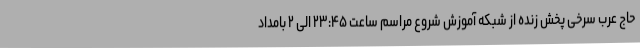
حاج عرب سرخی پخش زنده از شبکه آموزش شروع مراسم ساعت ۲۳:۴۵ الی ۲ بامداد